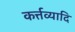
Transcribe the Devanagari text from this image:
कर्त्तव्यादि